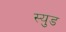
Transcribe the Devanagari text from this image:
स्युड